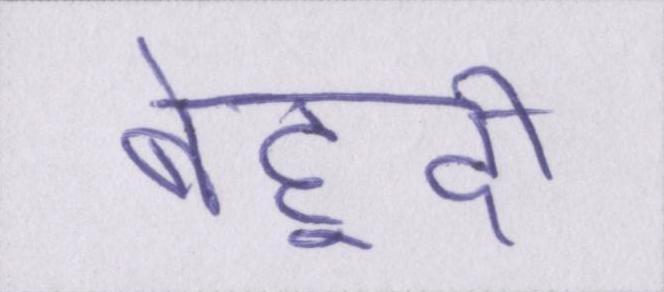
बेहूदी